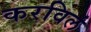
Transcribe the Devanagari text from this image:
करविलं